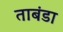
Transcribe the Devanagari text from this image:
ताबंडा